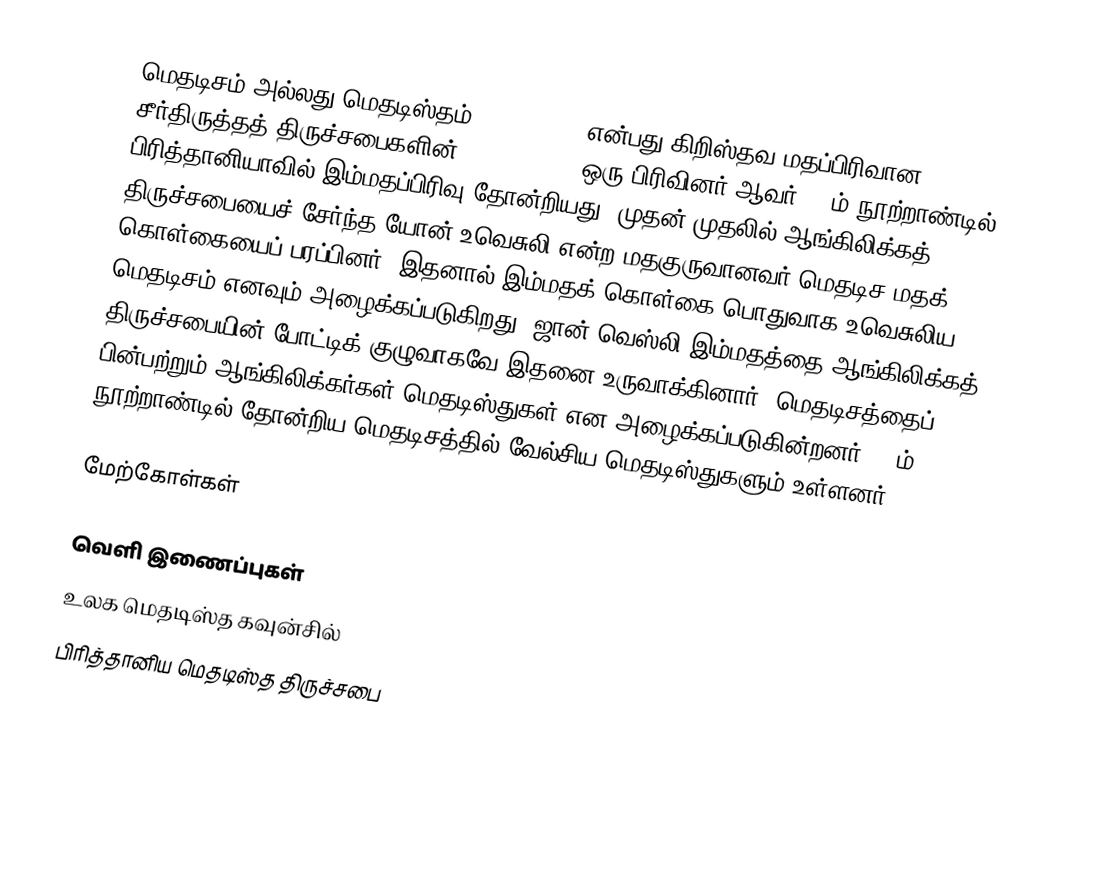
மெதடிசம் அல்லது மெதடிஸ்தம் (Methodism) என்பது கிறிஸ்தவ மதப்பிரிவான சீர்திருத்தத் திருச்சபைகளின் (protestant) ஒரு பிரிவினர் ஆவர். 18ம் நூற்றாண்டில் பிரித்தானியாவில் இம்மதப்பிரிவு தோன்றியது. முதன் முதலில் ஆங்கிலிக்கத் திருச்சபையைச் சேர்ந்த யோன் உவெசுலி என்ற மதகுருவானவர் மெதடிச மதக் கொள்கையைப் பரப்பினர். இதனால் இம்மதக் கொள்கை பொதுவாக உவெசுலிய மெதடிசம் எனவும் அழைக்கப்படுகிறது. ஜான் வெஸ்லி இம்மதத்தை ஆங்கிலிக்கத் திருச்சபையின் போட்டிக் குழுவாகவே இதனை உருவாக்கினார். மெதடிசத்தைப் பின்பற்றும் ஆங்கிலிக்கர்கள் மெதடிஸ்துகள் என அழைக்கப்படுகின்றனர். 18ம் நூற்றாண்டில் தோன்றிய மெதடிசத்தில் வேல்சிய மெதடிஸ்துகளும் உள்ளனர்.

மேற்கோள்கள்

வெளி இணைப்புகள்
 உலக மெதடிஸ்த கவுன்சில்
 பிரித்தானிய மெதடிஸ்த திருச்சபை